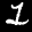
Label: 1